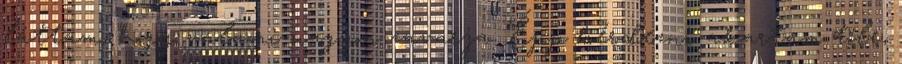
láttam, hogy valami nagyon zavarja. Épp kérdezni akartam tőle,